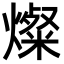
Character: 燦